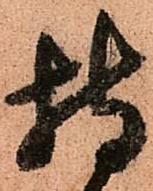
持